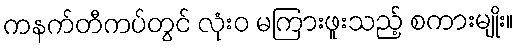
ကနက်တီကပ်တွင် လုံးဝ မကြားဖူးသည့် စကားမျိုး။